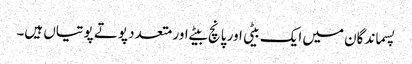
پسماندگان میں ایک بیٹی اور پانچ بیٹے اور متعدد پوتے پوتیاں ہیں۔